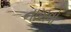
નાખવો